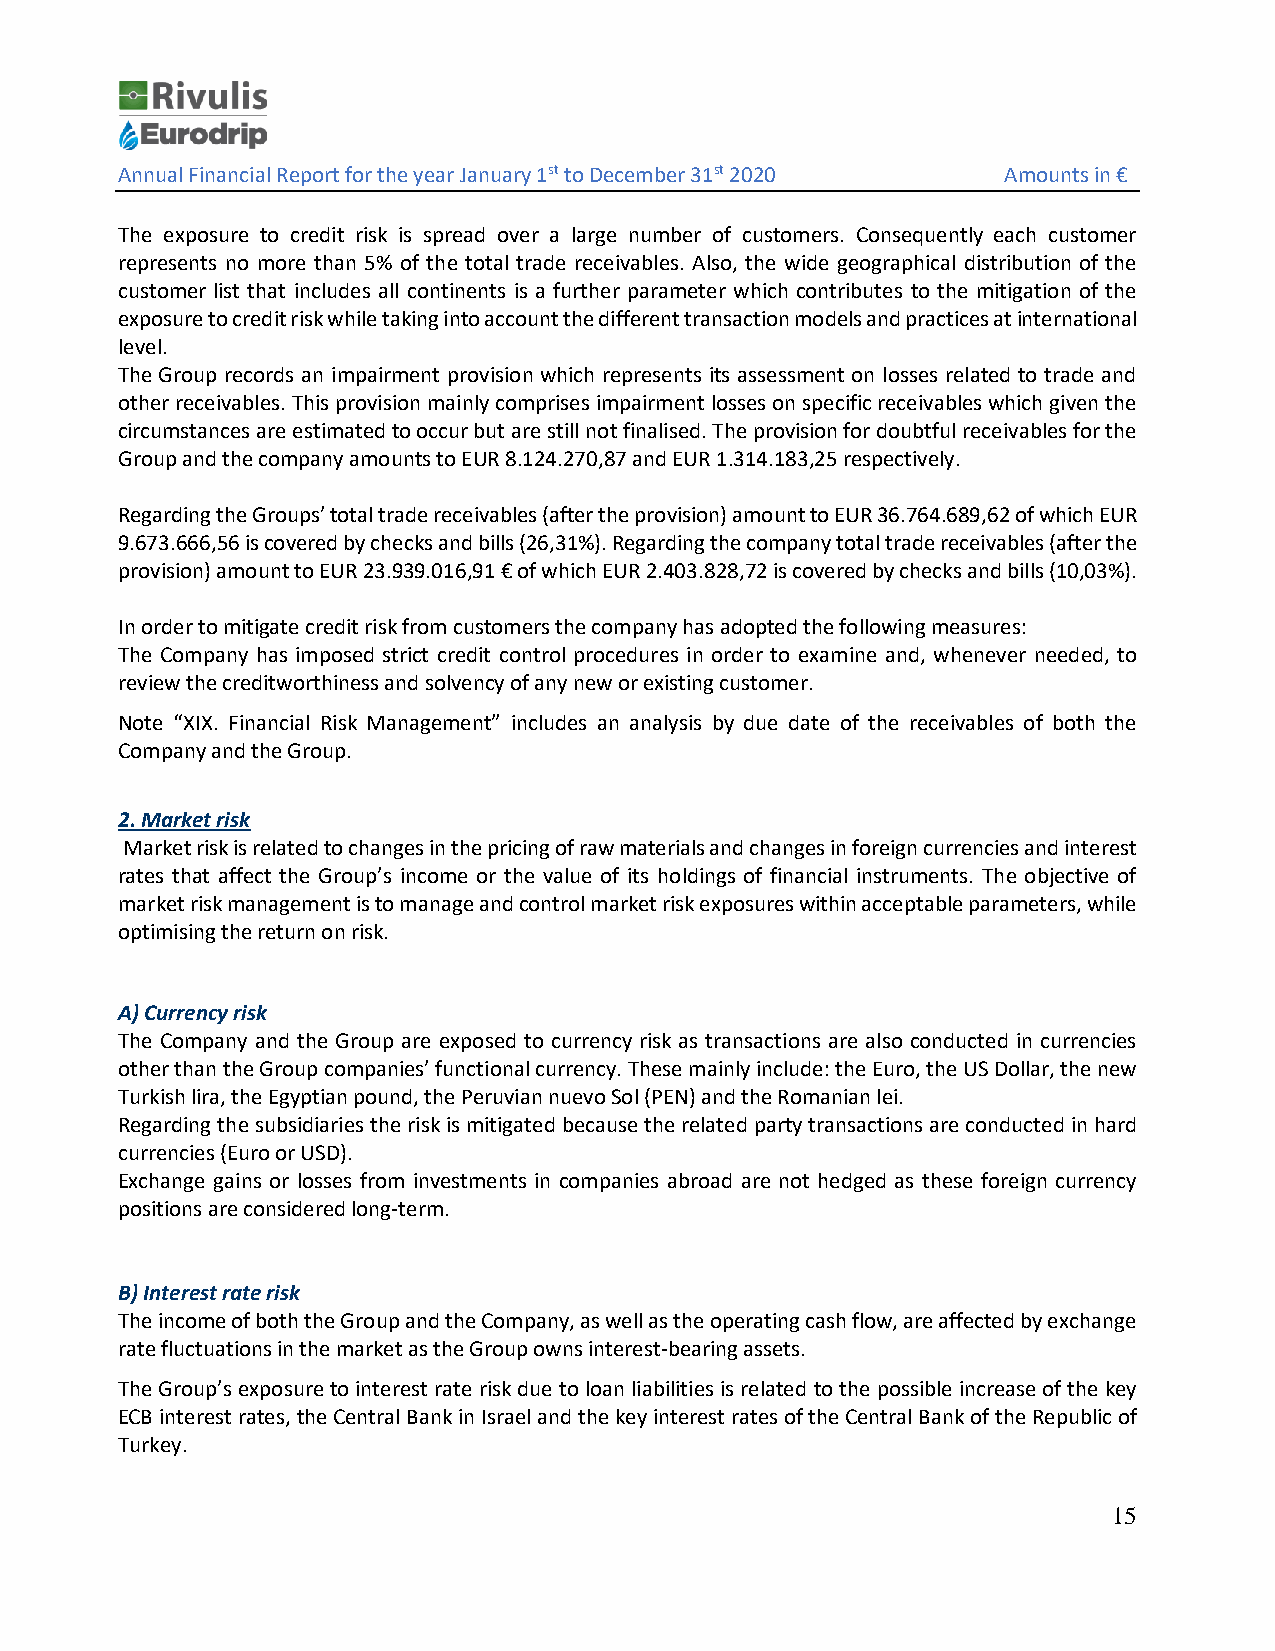
Annual Financial Report for the year January 1st to December 31st 2020 Amounts in €
 The exposure to credit risk is spread over a large number of customers. Consequently each customer
 represents no more than 5% of the total trade receivables. Also, the wide geographical distribution of the
 customer list that includes all continents is a further parameter which contributes to the mitigation of the
 exposure to credit risk while taking into account the different transaction models and practices at international
 level.
 The Group records an impairment provision which represents its assessment on losses related to trade and
 other receivables. This provision mainly comprises impairment losses on specific receivables which given the
 circumstances are estimated to occur but are still not finalised. The provision for doubtful receivables for the
 Group and the company amounts to EUR 8.124.270,87 and EUR 1.314.183,25 respectively.
 Regarding the Groups’ total trade receivables (after the provision) amount to EUR 36.764.689,62 of which EUR
 9.673.666,56 is covered by checks and bills (26,31%). Regarding the company total trade receivables (after the
 provision) amount to EUR 23.939.016,91 € of which EUR 2.403.828,72 is covered by checks and bills (10,03%).
 In order to mitigate credit risk from customers the company has adopted the following measures:
 The Company has imposed strict credit control procedures in order to examine and, whenever needed, to
 review the creditworthiness and solvency of any new or existing customer.
 Note “XIX. Financial Risk Management” includes an analysis by due date of the receivables of both the
 Company and the Group.
 2. Market risk
 Market risk is related to changes in the pricing of raw materials and changes in foreign currencies and interest
 rates that affect the Group’s income or the value of its holdings of financial instruments. The objective of
 market risk management is to manage and control market risk exposures within acceptable parameters, while
 optimising the return on risk.
 A) Currency risk
 The Company and the Group are exposed to currency risk as transactions are also conducted in currencies
 other than the Group companies’ functional currency. These mainly include: the Euro, the US Dollar, the new
 Turkish lira, the Egyptian pound, the Peruvian nuevo Sol (PEN) and the Romanian lei.
 Regarding the subsidiaries the risk is mitigated because the related party transactions are conducted in hard
 currencies (Euro or USD).
 Exchange gains or losses from investments in companies abroad are not hedged as these foreign currency
 positions are considered long-term.
 Β) Interest rate risk
 The income of both the Group and the Company, as well as the operating cash flow, are affected by exchange
 rate fluctuations in the market as the Group owns interest-bearing assets.
 The Group’s exposure to interest rate risk due to loan liabilities is related to the possible increase of the key
 ECB interest rates, the Central Bank in Israel and the key interest rates of the Central Bank of the Republic of
 Turkey.
 15